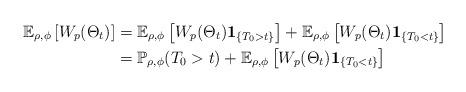
LaTeX: \begin{align*}\mathbb{E}_{\rho,\phi}\left[W_p(\Theta_t)\right] &= \mathbb{E}_{\rho,\phi}\left[W_p(\Theta_t){\bf 1}_{\{T_0 > t\}}\right] + \mathbb{E}_{\rho,\phi}\left[W_p(\Theta_t){\bf 1}_{\{T_0 < t\}}\right] \\& = \mathbb{P}_{\rho,\phi}(T_0 > t) + \mathbb{E}_{\rho,\phi}\left[W_p(\Theta_t){\bf 1}_{\{T_0 < t\}}\right]\end{align*}